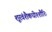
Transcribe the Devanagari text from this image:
शूरवंशैकधीश्शौरिः